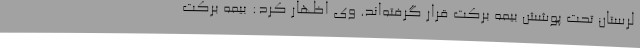
لرستان تحت پوشش بیمه برکت قرار گرفته‌اند. وی اظهار کرد: بیمه برکت